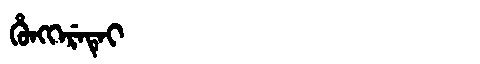
Manchu: ᡥᡠᠩᡴᡝᡵᡝᡨᡝᡳ
Romanization: HUNGKERETEI